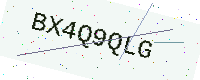
Text: BX4Q9QLG